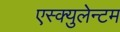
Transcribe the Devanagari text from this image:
एस्क्युलेन्टम